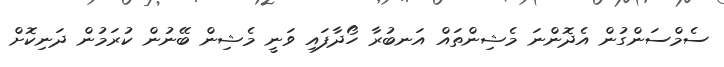
ސެމްސަންގުން އެދޮންނަ މެޝިންތައް އަނބުރާ ހޯދާފައި ވަނީ މެޝިން ބޭނުން ކުރަމުން ދަނިކޮށް